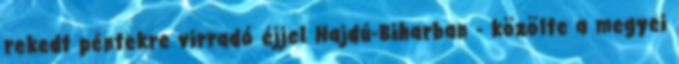
rekedt péntekre virradó éjjel Hajdú-Biharban - közölte a megyei